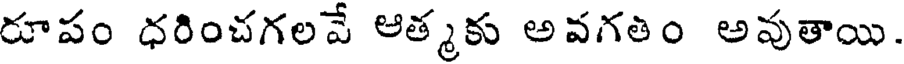
రూపం ధరించగలవే ఆత్మకు అవగతిం అవుతాయి.